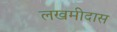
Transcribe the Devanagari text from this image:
लखमीदास